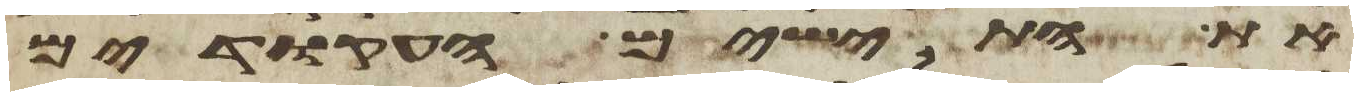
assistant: את התישים העקודים